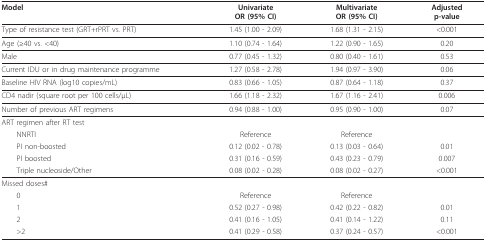
<table><thead><tr><td><b>Model</b></td><td><b>UnivariateOR (95% CI)</b></td><td><b>MultivariateOR (95% CI)</b></td><td><b>Adjustedp-value</b></td></tr></thead><tbody><tr><td>Type of resistance test (GRT+rPRT vs. PRT)</td><td>1.45 (1.00 - 2.09)</td><td>1.68 (1.31 - 2.15)</td><td>&lt;0.001</td></tr><tr><td>Age (≥40 vs. &lt;40)</td><td>1.10 (0.74 - 1.64)</td><td>1.22 (0.90 - 1.65)</td><td>0.20</td></tr><tr><td>Male</td><td>0.77 (0.45 - 1.32)</td><td>0.80 (0.40 - 1.61)</td><td>0.53</td></tr><tr><td>Current IDU or in drug maintenance programme</td><td>1.27 (0.58 - 2.78)</td><td>1.94 (0.97 - 3.90)</td><td>0.06</td></tr><tr><td>Baseline HIV RNA (log10 copies/mL)</td><td>0.83 (0.66 - 1.05)</td><td>0.87 (0.64 - 1.18)</td><td>0.37</td></tr><tr><td>CD4 nadir (square root per 100 cells/μL)</td><td>1.66 (1.18 - 2.32)</td><td>1.67 (1.16 - 2.41)</td><td>0.006</td></tr><tr><td>Number of previous ART regimens</td><td>0.94 (0.88 - 1.00)</td><td>0.95 (0.90 - 1.00)</td><td>0.07</td></tr><tr><td>ART regimen after RT test</td><td></td><td></td><td></td></tr><tr><td> NNRTI</td><td>Reference</td><td>Reference</td><td></td></tr><tr><td> PI non-boosted</td><td>0.12 (0.02 - 0.78)</td><td>0.13 (0.03 - 0.64)</td><td>0.01</td></tr><tr><td> PI boosted</td><td>0.31 (0.16 - 0.59)</td><td>0.43 (0.23 - 0.79)</td><td>0.007</td></tr><tr><td> Triple nucleoside/Other</td><td>0.08 (0.02 - 0.28)</td><td>0.08 (0.02 - 0.27)</td><td>&lt;0.001</td></tr><tr><td>Missed doses#</td><td></td><td></td><td></td></tr><tr><td> 0</td><td>Reference</td><td>Reference</td><td></td></tr><tr><td> 1</td><td>0.52 (0.27 - 0.98)</td><td>0.42 (0.22 - 0.82)</td><td>0.01</td></tr><tr><td> 2</td><td>0.41 (0.16 - 1.05)</td><td>0.41 (0.14 - 1.22)</td><td>0.11</td></tr><tr><td> &gt;2</td><td>0.41 (0.29 - 0.58)</td><td>0.37 (0.24 - 0.57)</td><td>&lt;0.001</td></tr></tbody></table>